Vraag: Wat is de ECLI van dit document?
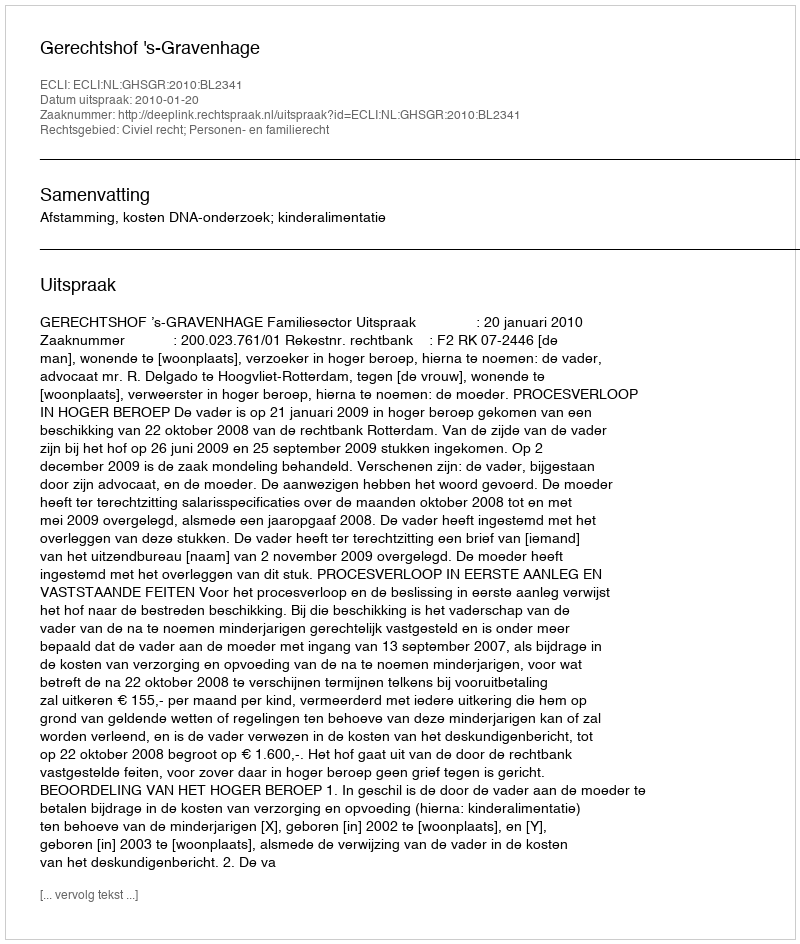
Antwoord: ECLI:NL:GHSGR:2010:BL2341